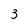
Character: 3